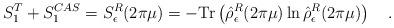
LaTeX: \begin{align*}S_1^T+S_1^{CAS}=S_\epsilon^R(2\pi\mu)=-\mbox{Tr}\left(\hat{\rho}_\epsilon^R(2\pi\mu)\ln \hat{\rho}_\epsilon^R(2\pi\mu)\right)~~~.\end{align*}